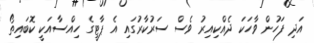
އަދި ފަހުން ވާހަކަ ދެއްކިއިރު ވެސް ސަރުކާރުގައި އެ ޕާޓީގެ ހިއްސާއަކީ ކޮބައިތޯ